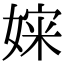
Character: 㛽